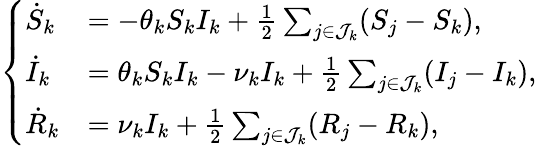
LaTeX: \begin{array}{r}{\left\{ \begin{array}{ll}{\dot{S}_{k}}&{=-\theta_{k}S_{k}I_{k}+{\frac{1}{2}}\sum_{j\in\mathcal{J}_{k}}(S_{j}-S_{k}),}\\ {\dot{I}_{k}}&{=\theta_{k}S_{k}I_{k}-\nu_{k}I_{k}+{\frac{1}{2}}\sum_{j\in\mathcal{J}_{k}}(I_{j}-I_{k}),}\\ {\dot{R}_{k}}&{=\nu_{k}I_{k}+{\frac{1}{2}}\sum_{j\in\mathcal{J}_{k}}(R_{j}-R_{k}),}\end{array}\right.}\end{array}